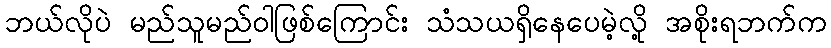
ဘယ်လိုပဲ မည်သူမည်ဝါဖြစ်ကြောင်း သံသယရှိနေပေမဲ့လို့ အစိုးရဘက်က